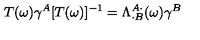
T ( \omega ) \gamma ^ { A } [ T ( \omega ) ] ^ { - 1 } = \Lambda _ { \cdot B } ^ { A \cdot } ( \omega ) \gamma ^ { B }